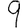
Digit: 9